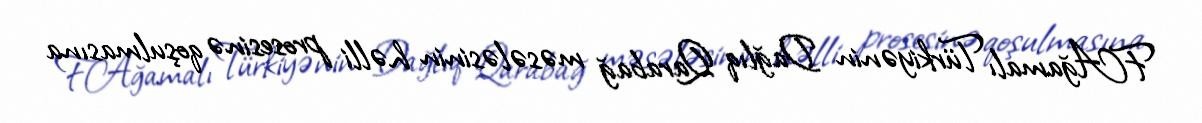
F.Ağamalı Türkiyənin Dağlıq Qarabağ məsələsinin həlli prosesinə qoşulmasına